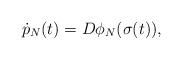
LaTeX: \begin{align*}\dot p_N(t)=D\phi_N(\sigma(t)),\end{align*}